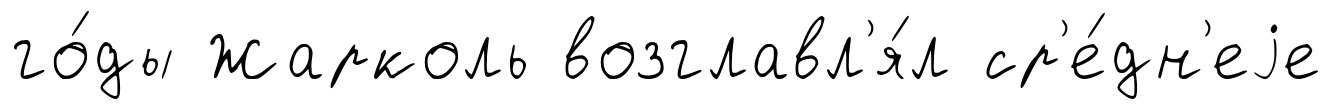
го́ды Жарколь возглавл'я́л ср'е́дн'еjе